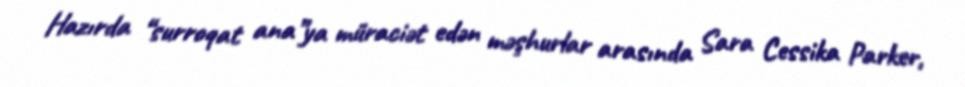
Hazırda “surroqat ana”ya müraciət edən məşhurlar arasında Sara Cessika Parker,